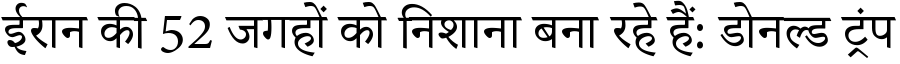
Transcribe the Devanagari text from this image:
ईरान की 52 जगहों को निशाना बना रहे हैं: डोनल्ड ट्रंप